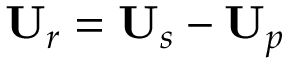
\mathbf { U } _ { r } = \mathbf { U } _ { s } - \mathbf { U } _ { p }